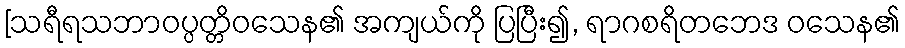
[သရီရသဘာဝပ္ပတ္တိဝသေန၏ အကျယ်ကို ပြပြီး၍, ရာဂစရိတဘေဒ ဝသေန၏